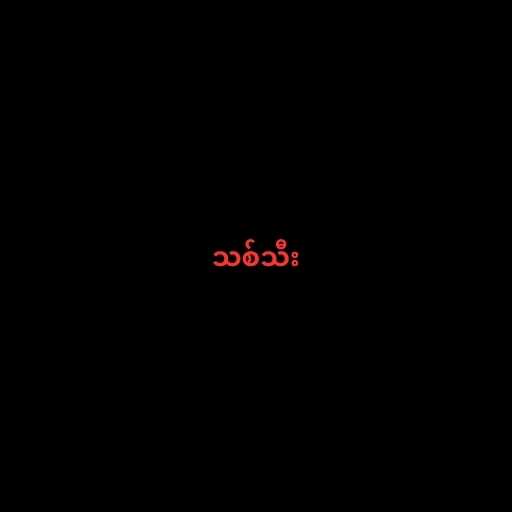
သစ်သီး